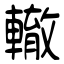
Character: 轍